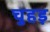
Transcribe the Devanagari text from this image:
चुहड़